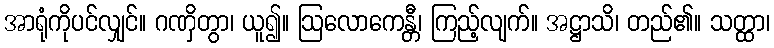
အာရုံကိုပင်လျှင်။ ဂဏှိတွာ၊ ယူ၍။ ဩလောကေန္တီ၊ ကြည့်လျက်။ အဋ္ဌာသိ၊ တည်၏။ သတ္ထာ၊